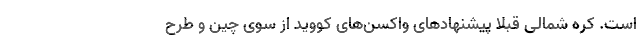
است. کره شمالی قبلاً پیشنهادهای واکسن‌های کووید از سوی چین و طرح